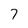
Character: 7